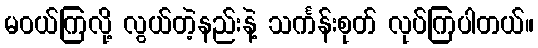
မဝယ်ကြလို့ လွယ်တဲ့နည်းနဲ့ သင်္ကန်းစုတ် လုပ်ကြပါတယ်။